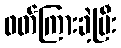
ဖတ်ကြားခဲ့ပြီး